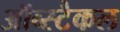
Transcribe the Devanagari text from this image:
ऑब्स्टैकल